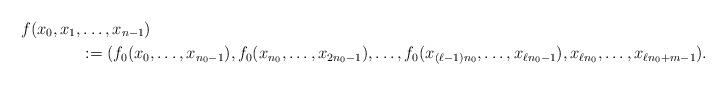
LaTeX: \begin{align*} f(x_0, x_1, &\ldots , x_{n-1}) \\& := (f_0(x_0, \ldots, x_{n_0-1}), f_0(x_{n_0}, \ldots, x_{2n_0 - 1}), \ldots, f_0(x_{(\ell-1)n_0}, \ldots, x_{\ell n_0 - 1}), x_{\ell n_0}, \ldots, x_{\ell n_0 + m-1}).\end{align*}